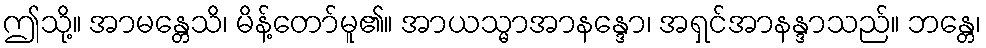
ဤသို့။ အာမန္တေသိ၊ မိန့်တော်မူ၏။ အာယသ္မာအာနန္ဒော၊ အရှင်အာနန္ဒာသည်။ ဘန္တေ၊